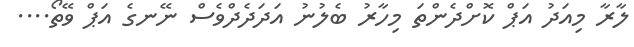
ލާރާ މިއަދު އަޕް ކޮށްދެންތަ މިހާރު ބެލުނު އަދަދެދްވެސް ނޭނގެ އަޕް ވޭތޯ....